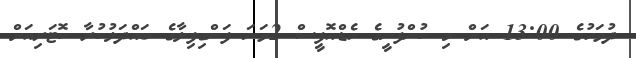
ދުވަހުގެ 13:00 އަށް މި ކުންފުނީގެ ހެޑްއޮފީސް 2ވަނަ ފަންގިފިލާގެ ބައްދަލުކުރާ ކޮޓަރިއަށް